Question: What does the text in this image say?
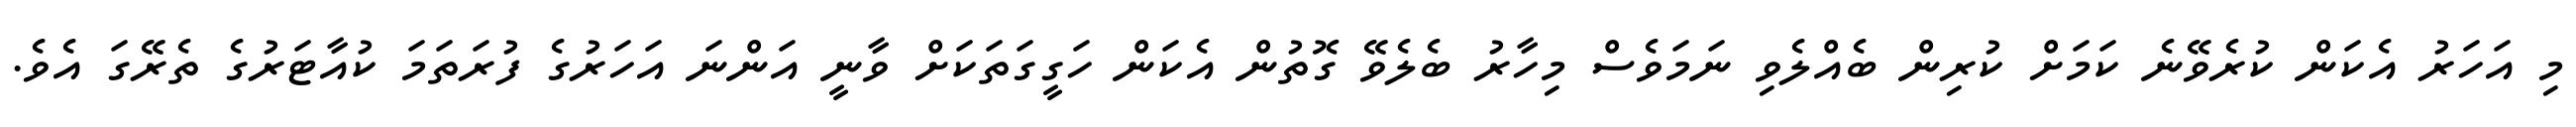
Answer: މި އަހަރު އެކަން ކުރެވޭނެ ކަމަށް ކުރިން ބެއްލެވި ނަމަވެސް މިހާރު ބެލެވޭ ގޮތުން އެކަން ހަގީގަތަކަށް ވާނީ އަންނަ އަހަރުގެ ފުރަތަމަ ކުއާޓަރުގެ ތެރޭގަ އެވެ.